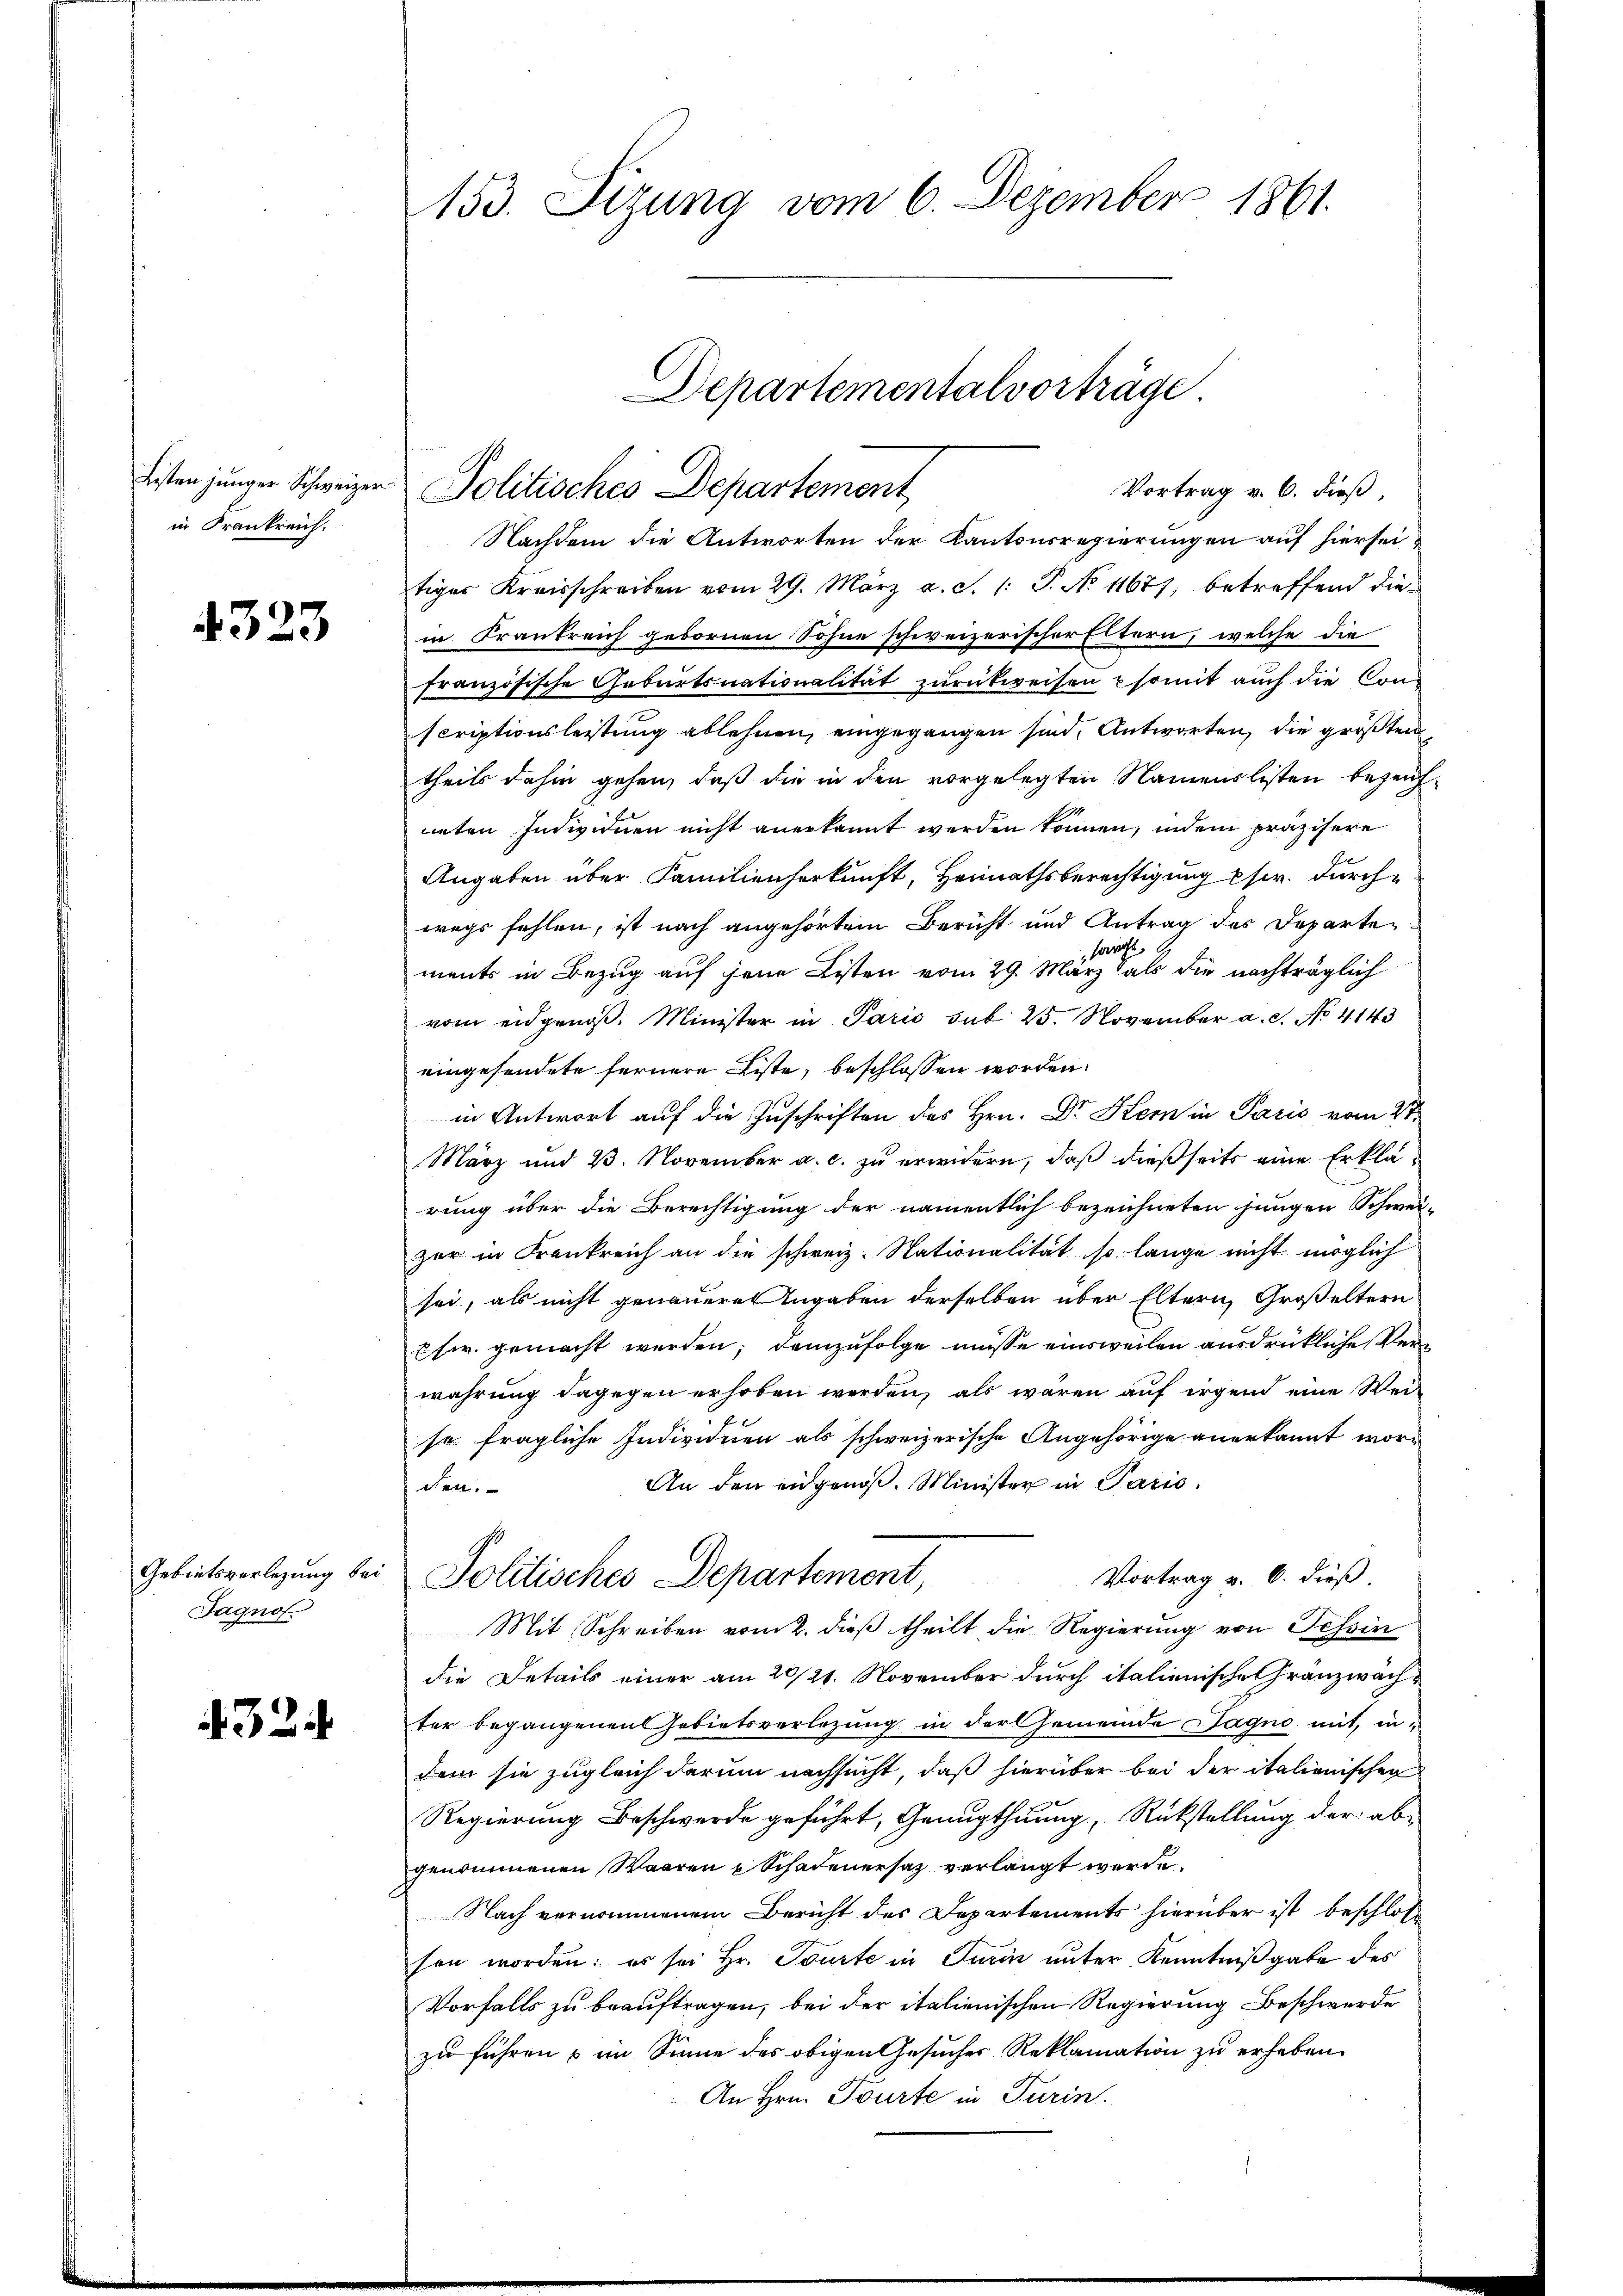
Listen junger Schweizer
in Frankreich.

4323

Gebietsverlegung bei
Jagnos.

32

153. Sizung vom 6. Dezember 1861.

Vortrag v. 6. dieß,
Politisches Departement

Nachdem die Antworten der Kantonsregierungen auf hierseitiger Kreisschreiben vom 29. März a. S. 1: P. No 11677, betreffend diein Krankreich gebornen Sohne schweizerischer Eltern, welche die
französische Geburtsnationalität zurückweisen somit auch die Conscriptionsleistung ablehnen, eingegangen sind, Antworten, die größten
theils dahin gehen, daß die in den vorgelegten Namenslisten bezeichneten Individuen nicht anerkannt werden können, indem präzisere
Angaben über Familienherkunft, Heimathsberechtigung pr. durch
wegs fehlen, ist nach angehörtem Bericht und Antrag des Departesowohl.
ments in Bezug auf jene Listen vom 29. März als die nachträglich
vom eidgenöß. Minister in Paris sub 25. November a. S. No 4143
eingesendete fernere Liste, beschlossen worden:
in Antwort auf die Zuschriften des Hrn. Dr Kern in Paris vom 27.
März und 13. November a. c. zu erwidern, daß dießseits eine Erklärung über die Berechtigung der namentlich bezeichneten jungen Schwei-
zer in Frankreich an die schweiz. Stationalität so lange nicht möglich
sei, als nicht genauere Angaben derselben über Eltern, Großeltern
Esw. gemacht werden; demzufolge müsse einsweilen ausdrückliche Verwahrung dagegen erhoben werden, als waren auf irgend eine Weise fragliche Individuen als schweizerische Angehörige anerkannt wor¬
An den eidgenoß. Minister in Paris.
den.
Vortrag v. 6. dieß.
Politisches Departement,
Mit Schreiben vom 2. dieß theilt die Regierung von Tessin
die Details einer am 20/21. November durch italienische Gränzwachter begangenen Gebietsverlegung in der Gemeinde Sagno mit, indem sie zugleich darum nachsucht, daß hierüber bei der italienischen
Regierung Beschwerde geführt, Genugthuung, Rückstellung der ab-
genommenen Waaren & Schadenersatz verlangt werde.
Nach vernommenem Bericht des Departements hierüber ist beschlos
sen worden; es sei Hr. Tourte in Turin unter Kenntnißgabe des
Vorfalls zu beauftragen, bei der italienischen Regierung Beschwerde
zu führen & im Sinne des obigen Gesucher Reklamation zu erheben.
An Hrn. Tourte in Turin

Departementalvorträge